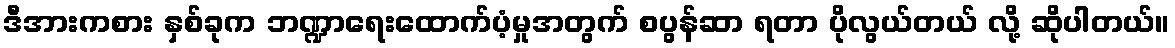
ဒီအားကစား နှစ်ခုက ဘဏ္ဍာရေးထောက်ပံ့မှုအတွက် စပွန်ဆာ ရတာ ပိုလွယ်တယ် လို့ ဆိုပါတယ်။